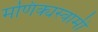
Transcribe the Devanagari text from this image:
मणिक्यस्वामी